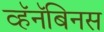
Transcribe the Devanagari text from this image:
व्हॅनॅबिनस